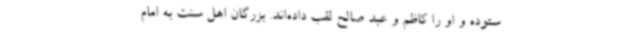
ستوده‌ و او را کاظم و عبد صالح لقب داده‌اند. بزرگان اهل‌ سنت به امام